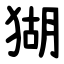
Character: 猢